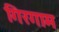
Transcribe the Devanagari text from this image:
गिरगाम